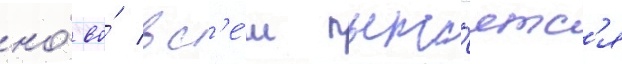
но́ во́ вс'е́м пыта́етс'я